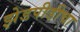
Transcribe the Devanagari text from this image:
झेडपीडीचा